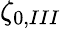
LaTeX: \zeta_{0,III}